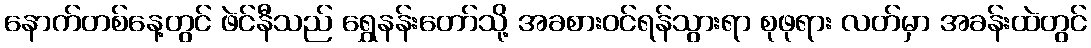
နောက်တစ်နေ့တွင် ဖဲင်နီသည် ရွှေနန်းတော်သို့ အခစားဝင်ရန်သွားရာ စုဖုရား လတ်မှာ အခန်းထဲတွင်